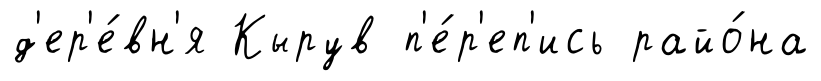
д'ер'е́вн'я Кырув п'е́р'еп'ись райо́на